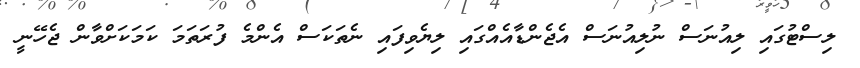
ލިސްޓުގައި ލިއުނަސް ނުލިއުނަސް އެޖެންޑާއެއްގައި ލިޔެވިފައި ނެތަކަސް އެންމެ ފުރަތަމަ ކަމަކަށްވާން ޖެހޭނީ